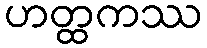
ဟတ္ထကဿ